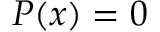
P ( \ensuremath { \boldsymbol { x } } ) = 0